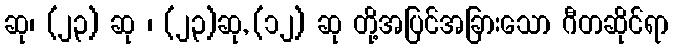
ဆု၊ (၂၃) ဆု ၊ (၂၃)ဆု, (၁၂) ဆု တို့အပြင်အခြားသော ဂီတဆိုင်ရာ